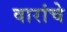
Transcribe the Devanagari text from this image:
वारांचे